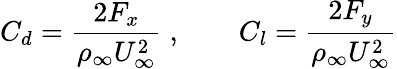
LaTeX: C_{d}=\frac{2F_{x}}{\rho_{\infty}U_{\infty}^{2}}\; ,\qquad C_{l}=\frac{2F_{y}}{\rho_{\infty}U_{\infty}^{2}}